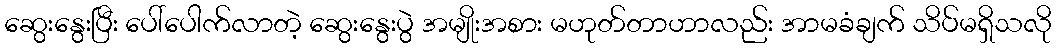
ဆွေးနွေးပြီး ပေါ်ပေါက်လာတဲ့ ဆွေးနွေးပွဲ အမျိုးအစား မဟုတ်တာဟာလည်း အာမခံချက် သိပ်မရှိသလို